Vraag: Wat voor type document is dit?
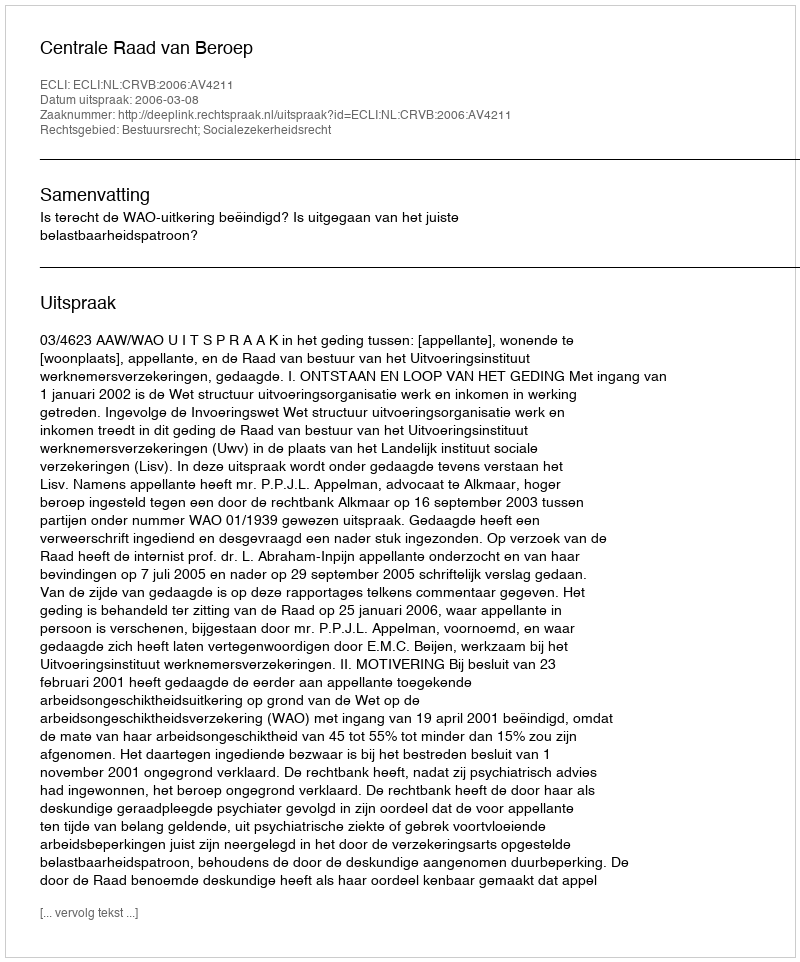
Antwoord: Uitspraak